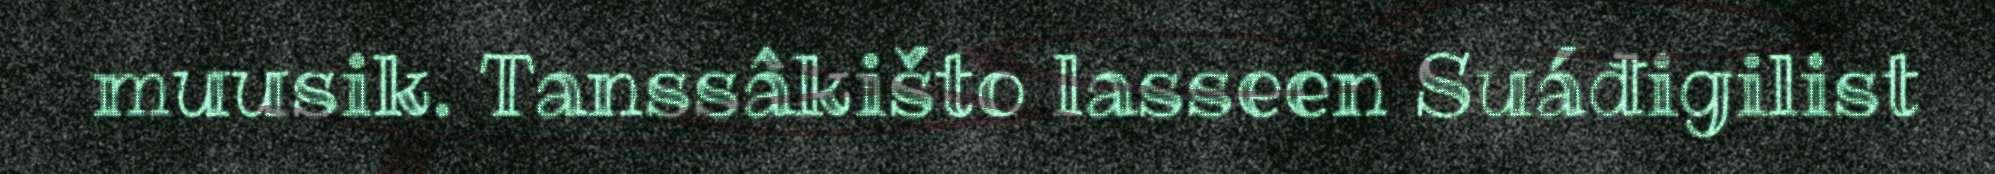
muusik. Tanssâkišto lasseen Suáđigilist